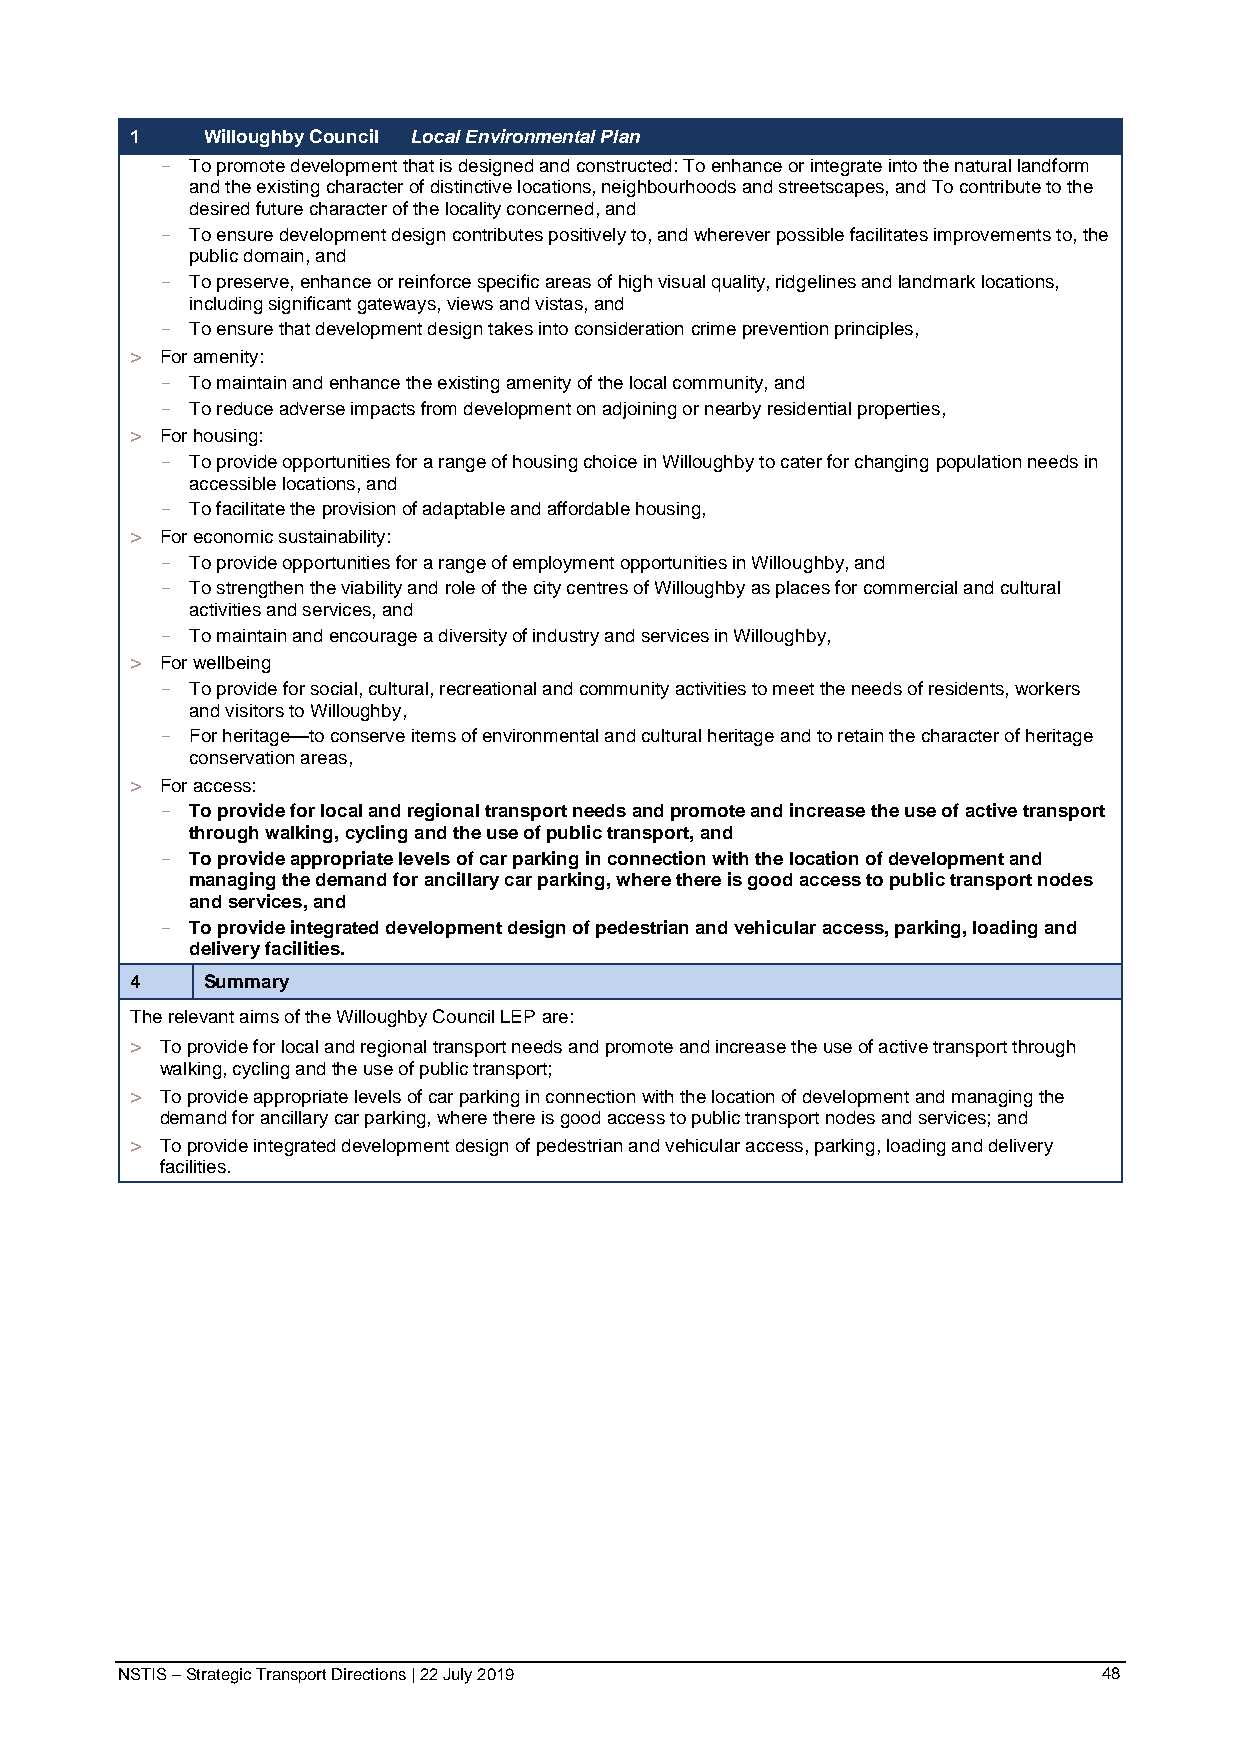
1   Willoughby Council Local Environmental Plan
 - To promote development that is designed and constructed: To enhance or integrate into the natural landform
 and the existing character of distinctive locations, neighbourhoods and streetscapes, and To contribute to the
 desired future character of the locality concerned, and
 - To ensure development design contributes positively to, and wherever possible facilitates improvements to, the
 public domain, and
 - To preserve, enhance or reinforce specific areas of high visual quality, ridgelines and landmark locations,
 including significant gateways, views and vistas, and
 - To ensure that development design takes into consideration crime prevention principles,
 > For amenity:
 - To maintain and enhance the existing amenity of the local community, and
 - To reduce adverse impacts from development on adjoining or nearby residential properties,
 > For housing:
 - To provide opportunities for a range of housing choice in Willoughby to cater for changing population needs in
 accessible locations, and
 - To facilitate the provision of adaptable and affordable housing,
 > For economic sustainability:
 - To provide opportunities for a range of employment opportunities in Willoughby, and
 - To strengthen the viability and role of the city centres of Willoughby as places for commercial and cultural
 activities and services, and
 - To maintain and encourage a diversity of industry and services in Willoughby,
 > For wellbeing
 - To provide for social, cultural, recreational and community activities to meet the needs of residents, workers
 and visitors to Willoughby,
 - For heritage—to conserve items of environmental and cultural heritage and to retain the character of heritage
 conservation areas,
 > For access:
 - To provide for local and regional transport needs and promote and increase the use of active transport
 through walking, cycling and the use of public transport, and
 - To provide appropriate levels of car parking in connection with the location of development and
 managing the demand for ancillary car parking, where there is good access to public transport nodes
 and services, and
 - To provide integrated development design of pedestrian and vehicular access, parking, loading and
 delivery facilities.
 4   Summary
 The relevant aims of the Willoughby Council LEP are:
 > To provide for local and regional transport needs and promote and increase the use of active transport through
 walking, cycling and the use of public transport;
 > To provide appropriate levels of car parking in connection with the location of development and managing the
 demand for ancillary car parking, where there is good access to public transport nodes and services; and
 > To provide integrated development design of pedestrian and vehicular access, parking, loading and delivery
 facilities.
 NSTIS – Strategic Transport Directions | 22 July 2019            48